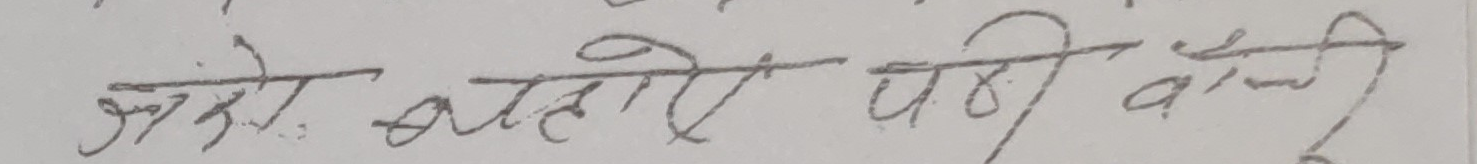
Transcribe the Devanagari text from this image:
जगे बताऐ पढी बात